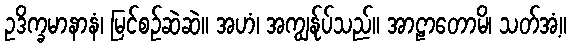
ဥဒိက္ခမာနာနံ၊ မြင်စဉ်ဆဲဆဲ။ အဟံ၊ အကျွန်ုပ်သည်။ အာဠာတောမိ၊ သတ်အံ့။